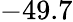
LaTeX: -49.7